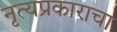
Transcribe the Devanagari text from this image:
नृत्यप्रकाराचा